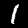
Label: 1